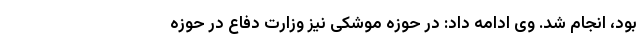
بود، انجام شد. وی ادامه داد: در حوزه موشکی نیز وزارت دفاع در حوزه